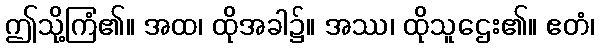
ဤသို့ကြံ၏။ အထ၊ ထိုအခါ၌။ အဿ၊ ထိုသူဌေး၏။ ဧတံ၊